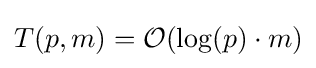
T(p,m)={\mathcal {O}}(\log(p)\cdot m)